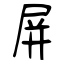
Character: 屏